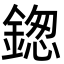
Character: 鍯